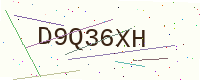
Text: D9Q36XH